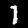
Digit: 1